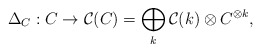
\begin{align*}\Delta_C: C\to \mathcal{C}(C)=\bigoplus_k \mathcal{C}(k)\otimes C^{\otimes k},\end{align*}